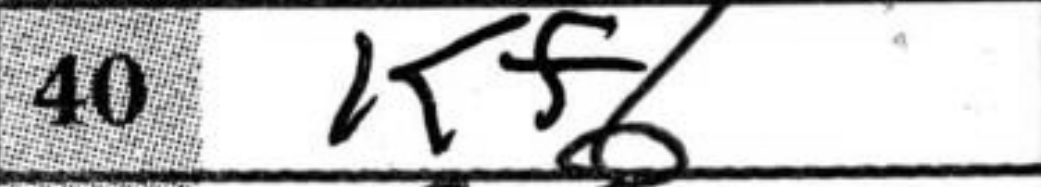
Transcription: Kf1